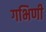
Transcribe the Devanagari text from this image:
गभिणी